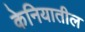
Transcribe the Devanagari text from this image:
केनियातील